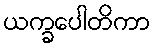
ယက္ခပေါတိကာ